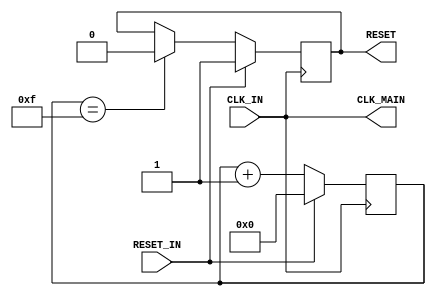
module ClockManager(
	 (* buffer_type = "ibufg" *) input CLK_IN,
	 input RESET_IN,
	 output CLK_MAIN,
	 output reg RESET
	);

	parameter DELAY = 4;
	
	reg [DELAY - 1:0] CNT_SLOW;
	reg CLK_SLOW;
	
	always @ (posedge CLK_IN)
		if(RESET_IN)
			CNT_SLOW <= 0;
		else
			CNT_SLOW <= CNT_SLOW + 1;
			
	always @ (posedge CLK_IN)
		if(RESET_IN)
		begin
			RESET <= 1'b1;
			CLK_SLOW <= 1'b0;
		end
		else if(CNT_SLOW == (1 << DELAY) - 1)
		begin
			RESET <= 1'b0;
			CLK_SLOW <= ~CLK_SLOW;
		end

	assign CLK_MAIN = CLK_IN;
	
endmodule